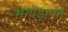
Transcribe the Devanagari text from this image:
भगोड़ापन